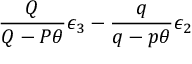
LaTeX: \frac { Q } { Q - P \theta } \epsilon _ { 3 } - \frac { q } { q - p \theta } \epsilon _ { 2 }